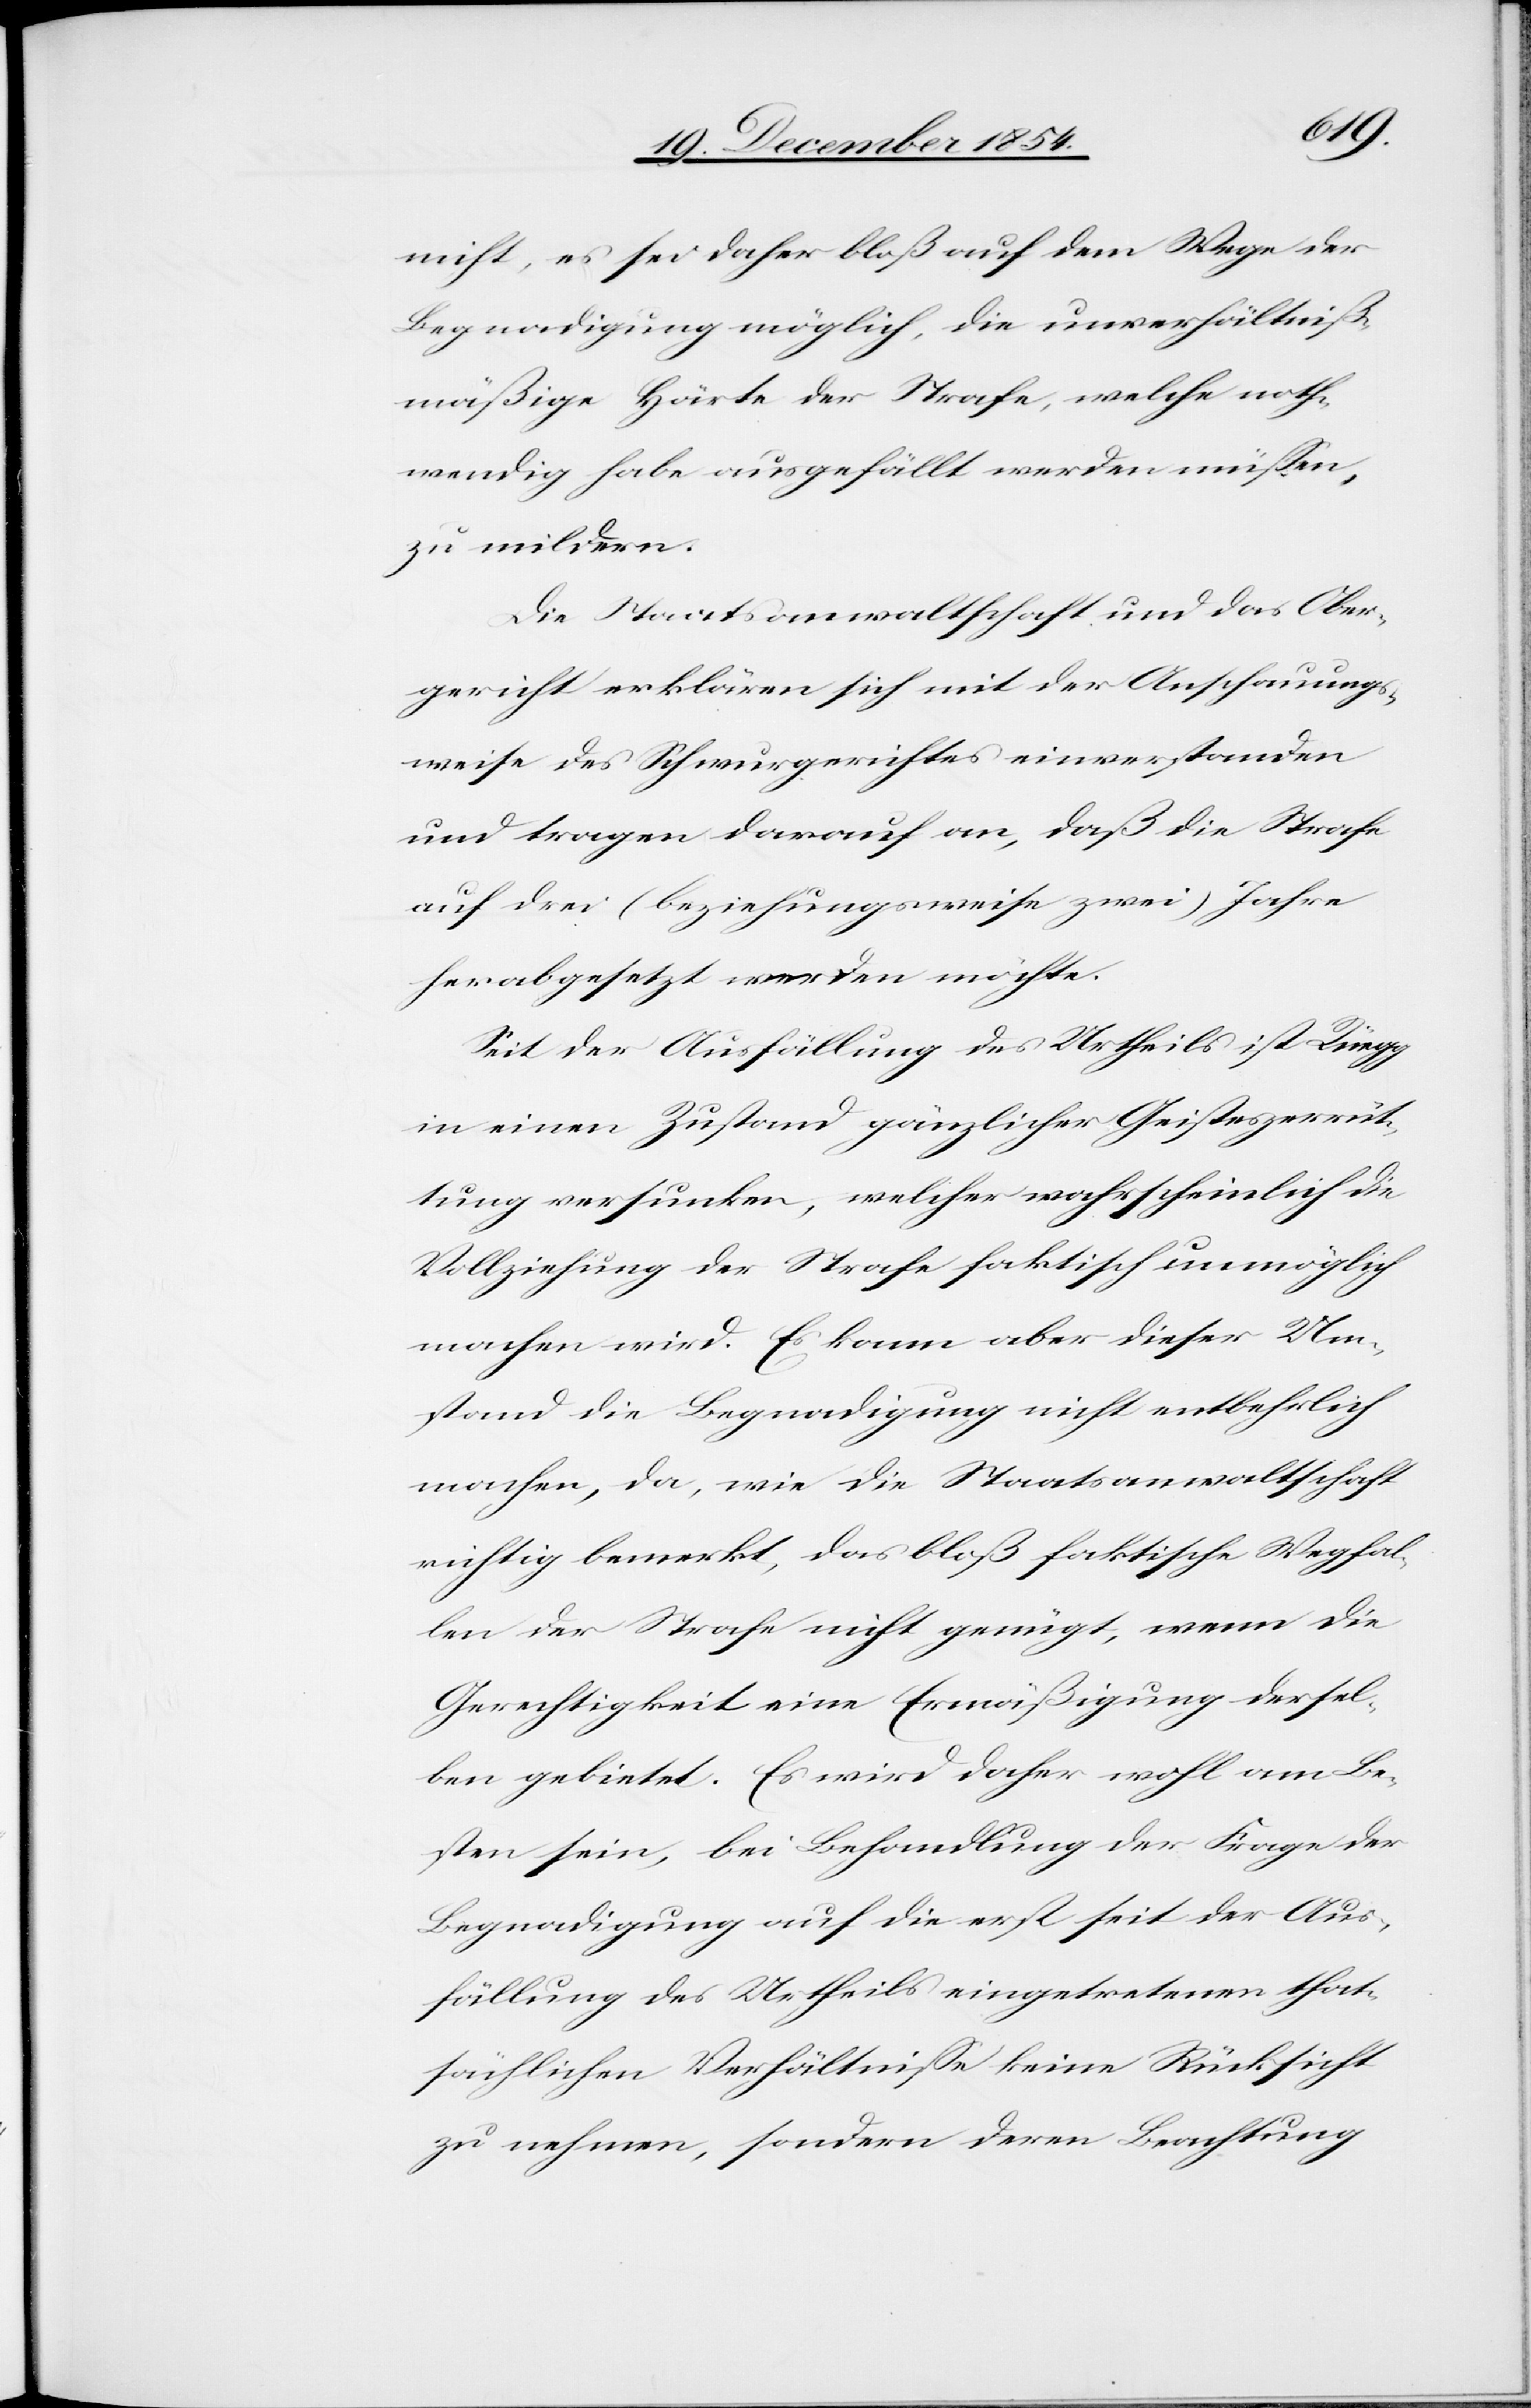
Wegfa¬
nicht, es sei daher bloß auf dem Wege der
Begnadigung möglich, die unverhältniß¬
mäßige Härte der Strafe, welche noth¬
wendig habe ausgefällt werden müßen,
zu mildern.
Die Staatsanwaltschaft und das Ober¬
gericht erklären sich mit der Anschauungs¬
weise des Schwurgerichtes einverstanden
und tragen darauf an, daß die Strafe
auf drei (beziehungsweise zwei) Jahre
herabgesetzt werden möchte.
Seit der Ausfällung des Urtheils ist Rüegg
in einen Zustand gänzlicher Geisteszerrüt¬
tung versunken, welcher wahrscheinlich die
Vollziehung der Strafe faktisch unmöglich
machen wird. Es kann aber dieser Um¬
stand die Begnadigung nicht entbehrlich
machen, da, wie die Staatsanwaltschaft
llen der Strafe nicht genügt, wenn die
Gerechtigkeit eine Ermäßigung dersel¬
ben gebietet. Es wird daher wohl am Be¬
sten sein, bei Behandlung der Frage der
Begnadigung auf die erst seit der Aus¬
fällung des Urtheils eingetretenen that¬
sächlichen Verhältniße keine Rücksicht
zu nehmen, sondern deren Beachtung